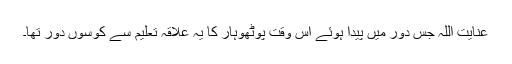
عنایت اللہ جس دور میں پیدا ہوئے اس وقت پوٹھوہار کا یہ علاقہ تعلیم سے کوسوں دور تھا۔